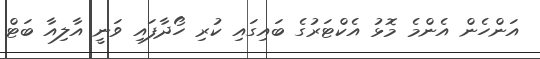
އަންހެން އެންމެ މޮޅު އެކްޓަރުގެ ބައިގައި ކުރި ހޯދާފައި ވަނީ އާލިއާ ބަޓް